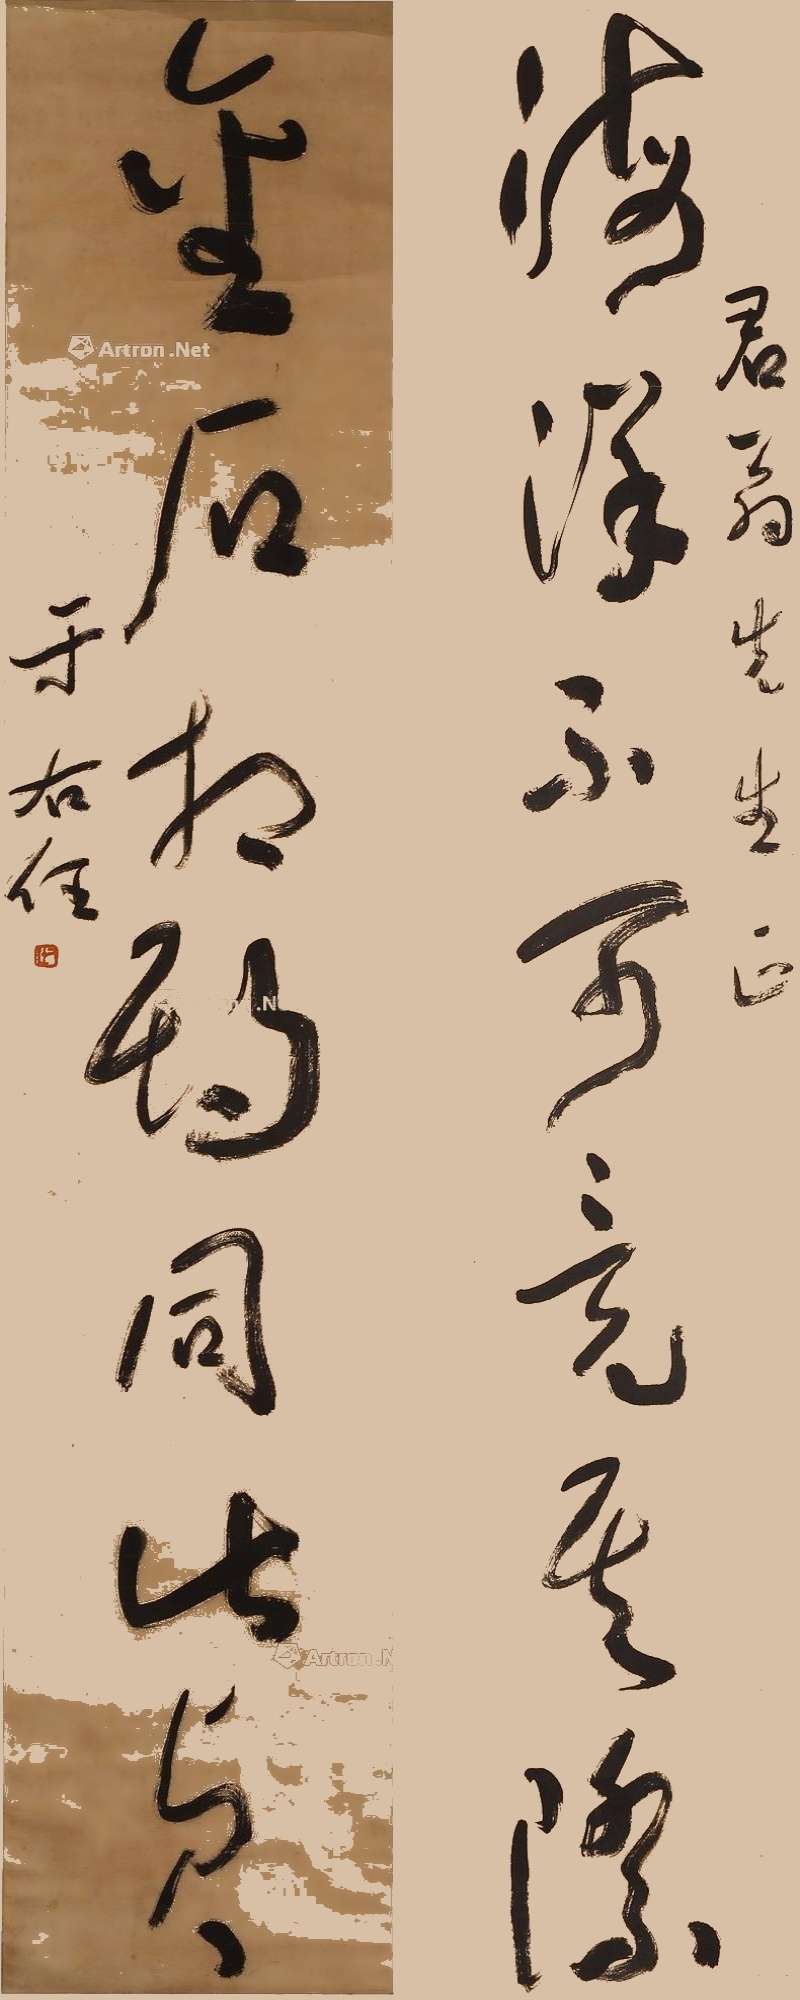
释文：金石相期同此贞，海洋不可竞其际君翁先生正。于右任。